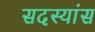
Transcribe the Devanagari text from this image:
सदस्यांस